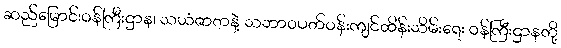
ဆည်မြောင်းဝန်ကြီးဌာန၊ သယံဇာတနဲ့ သဘာဝပတ်ဝန်းကျင်ထိန်းသိမ်းရေး ဝန်ကြီးဌာနတို့